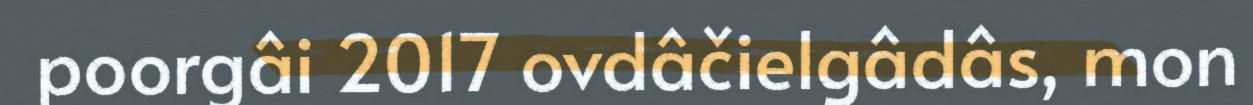
poorgâi 2017 ovdâčielgâdâs, mon